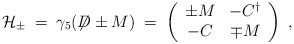
\begin{align*}{\cal H}_\pm \;=\; \gamma_5 ( \not \!\! D \pm M ) \;=\; \left(\begin{array}{cc}\pm M & - C^\dagger \\- C & \mp M\end{array}\right) \; ,\end{align*}